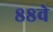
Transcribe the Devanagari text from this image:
८८वे